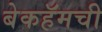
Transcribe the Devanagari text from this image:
बेकहॅमची